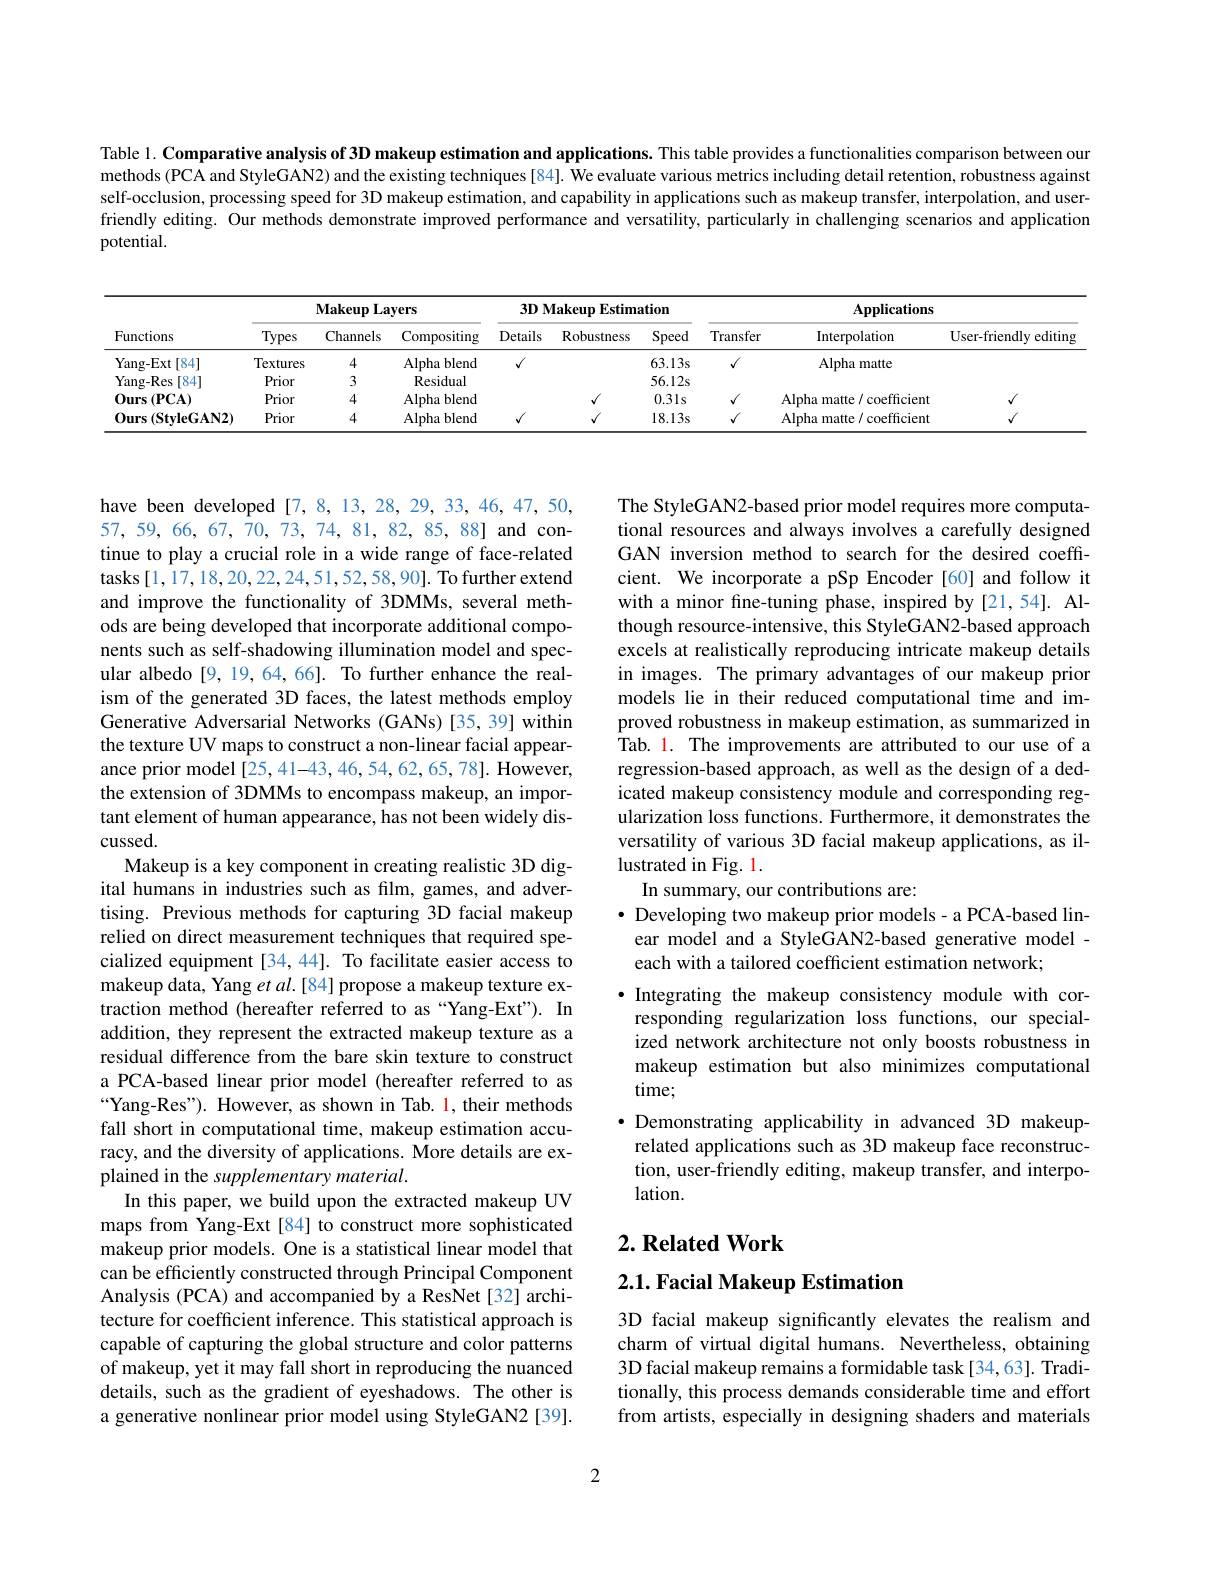
Table 1. Comparative analysis of 3D makeup estimation and applications. This table provides a functionalities comparison between our methods (PCA and StyleGAN2) and the existing techniques [84]. We evaluate various metrics including detail retention, robustness against self-occlusion, processing speed for 3D makeup estimation, and capability in applications such as makeup transfer, interpolation, and userfriendly editing. Our methods demonstrate improved performance and versatility, particularly in challenging scenarios and application potential.

<table>
	<tbody>
		<tr>
			<th rowspan="2">Functions</th>
			<th colspan="3">$\mathbf{Makeup}$ Layers</th>
			<th colspan="3">$3D$ Makeup Estimation</th>
			<th colspan="3">Applications</th>
		</tr>
		<tr>
			<th>Types</th>
			<th>Channels</th>
			<th>Compositing</th>
			<th>Details</th>
			<th>Robustness</th>
			<th>Speed</th>
			<th>Transfer</th>
			<th>Interpolation</th>
			<th>User- friendly editing</th>
		</tr>
		<tr>
			<td>Yang- Ext [84]</td>
			<td>Textures</td>
			<td>4</td>
			<td>Alpha blend</td>
			<td>$\sqrt{1}$</td>
			<td> </td>
			<td>$63.13s$</td>
			<td>$√$</td>
			<td>Alpha matter</td>
			<td> </td>
		</tr>
		<tr>
			<td>Yang-Res [84]</td>
			<td>Prior</td>
			<td>3</td>
			<td>Residual</td>
			<td> </td>
			<td> </td>
			<td>56.12s</td>
			<td> </td>
			<td> </td>
			<td> </td>
		</tr>
		<tr>
			<td>$0urs$ $(\mathbf{PCA})$</td>
			<td>Prior</td>
			<td>4</td>
			<td>Alpha ablend</td>
			<td> </td>
			<td>$\sqrt{1}$</td>
			<td>$0.31s$</td>
			<td>$√$</td>
			<td>Alpha matte/ coefficient</td>
			<td> </td>
		</tr>
		<tr>
			<td>0urs (StvleGAN2)</td>
			<td>Prior</td>
			<td>4</td>
			<td>Alpha blend 1 $|f$</td>
			<td>、</td>
			<td> </td>
			<td>$18.13s$</td>
			<td>$\sqrt{1}$</td>
			<td>Alpha r matte/ coefficient</td>
			<td> </td>
		</tr>
	</tbody>
</table>

The StyleGAN2-based prior model requires more computational resources and always involves a carefully designed GAN inversion method to search for the desired coeffcient. We incorporate a pSp Encoder [60] and follow it with a minor fine-tuning phase, inspired by[21,54]. Although resource-intensive, this StyleGAN2-based approach excels at realistically reproducing intricate makeup details in images. The primary advantages of our makeup prior models lie in their reduced computational time and improved robustness in makeup estimation, as summarized in Tab. l. The improvements are attributed to our use of a regression-based approach, as well as the design of a dedicated makeup consistency module and corresponding regularization loss functions. Furthermore, it demonstrates the versatility of various 3D facial makeup applications, as illustrated in Fig. 1.
In summary, our contributions are:
$\bullet$ Developing two makeup prior models- a PCA-based lin-
ear model and a StyleGAN2-based generative model -
each with a tailored coefficient estimation network;
·Integrating the makeup consistency module with corresponding regularization loss functions, our specialized network architecture not only boosts robustness in makeup estimation but also minimizes computational time;
$\bullet$ Demonstrating applicability in advanced 3D makeup-
related applications such as 3D makeup face reconstruction, user-friendly editing, makeup transfer, and interpolation.

have been developed[7,8,13,28,29,33,46,47,50, 57,59,66,67,70,73,74,81,82,85,88] and continue to play a crucial role in a wide range of face-related tasks [1,17,18,20,22,24,51,52,58,90]. To further extend and improve the functionality of 3DMMs, several methods are being developed that incorporate additional components such as self-shadowing illumination model and specular albedo[9, 19, 64, 66]. To further enhance the realism of the generated 3D faces, the latest methods employ Generative Adversarial Networks (GANs) [35, 39] within the texture UV maps to construct a non-linear facial appearance prior model [25,41-43,46,54,62,65,78]. However, the extension of 3DMMs to encompass makeup, an important element of human appearance, has not been widely dis- $cussed.$
Makeup is a key component in creating realistic 3D digital humans in industries such as film, games, and advertising. Previous methods for capturing 3D facial makeup relied on direct measurement techniques that required specialized equipment [34,44]. To facilitate easier access to makeup data, Yang $etal.[84]$ propose a makeup texture extraction method (hereafter referred to as“Yang-Ext"). In addition, they represent the extracted makeup texture as a residual difference from the bare skin texture to construct a PCA-based linear prior model (hereafter referred to as $“$Yang-Res"). However, as shown in Tab. 1, their methods fall short in computational time, makeup estimation accuracy, and the diversity of applications. More details are explained in the supplementary material.
In this paper, we build upon the extracted makeup UV maps from Yang-Ext[84] to construct more sophisticated makeup prior models. One is a statistical linear model that can be efficiently constructed through Principal Component Analysis (PCA) and accompanied by a ResNet[32] architecture for coefficient inference. This statistical approach is capable of capturing the global structure and color patterns of makeup, yet it may fall short in reproducing the nuanced details, such as the gradient of eyeshadows. The other is a generative nonlinear prior model using StyleGAN2 [39].

## $2. \textbf{Related Work}$

2.1. Facial Makeup Estimation

3D facial makeup significantly elevates the realism and charm of virtual digital humans. Nevertheless, obtaining 3D facial makeup remains a formidable task[34,63]. Traditionally, this process demands considerable time and effort from artists, especially in designing shaders and materials

2